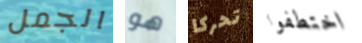
الجمل هو تحركا اختطفوا